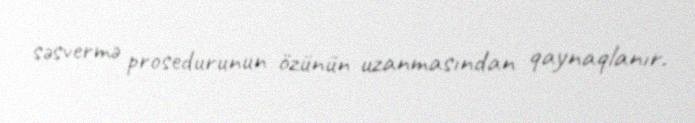
səsvermə prosedurunun özünün uzanmasından qaynaqlanır.